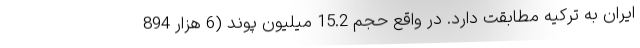
ایران به ترکیه مطابقت دارد. در واقع حجم 15.2 میلیون پوند (6 هزار 894